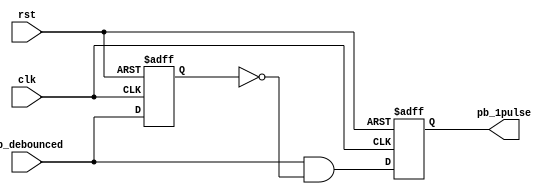
`timescale 1ns / 1ps

module onepulse(
input wire rst,
input wire clk,
input wire pb_debounced,
output reg pb_1pulse);

reg pb_1pulse_next;
reg pb_debounced_delay;

always@*
  begin
    pb_1pulse_next = pb_debounced & ~pb_debounced_delay; 
  end

always @(posedge clk, posedge rst)
  begin
    if(rst == 1'b1)
      begin
        pb_1pulse <= 1'b0;
        pb_debounced_delay <= 1'b0;
      end
    else
      begin
        pb_1pulse <= pb_1pulse_next;
        pb_debounced_delay <= pb_debounced;
      end 
  end
  
endmodule